Problem: 4 × 6 = ?
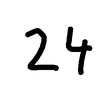
Handwritten answer: 24